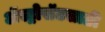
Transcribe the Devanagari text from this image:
ॲस्ट्रोसॅटसाठी